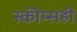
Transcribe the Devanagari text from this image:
स्कीम्सही